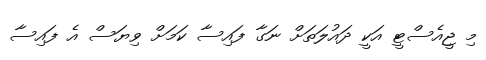
މި ޖީއެސްޓީ އަކީ ދައުލަތަށް ނަގާ ފައިސާ ކަމަށް ވިޔަސް އެ ފައިސާ